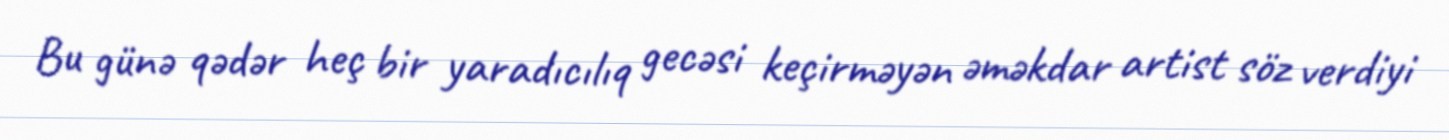
Bu günə qədər heç bir yaradıcılıq gecəsi keçirməyən əməkdar artist söz verdiyi